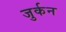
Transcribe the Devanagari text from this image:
जुर्कन